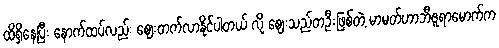
ထိရှိနေပြီး နောက်ထပ်လည်း ဈေးတက်လာနိုင်ပါတယ် လို့ ဈေးသည်တဦးဖြစ်တဲ့ မာမတ်ဟာဘီဇူရာမောက်က